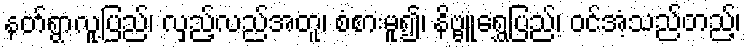
နတ်ရွာလူ့ပြည်၊ လှည့်လည်အတူ၊ စံစားမူ၍၊ နိဗ္ဗူရွှေပြည်၊ ဝင်အံ့သည်တည့်၊